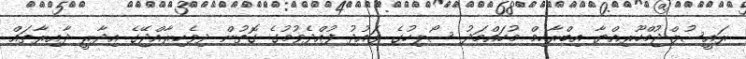
ރައީސުލްޖުމްހޫރިއްޔާ އިބްރާހިމް މުހައްމަދު ސޯލިހުގެ ވައުދު ފުއްދެވުމުގެ ގޮތުން ދިވެހިރާއްޖޭގެ އިދާރީ ދާއިރާތައް